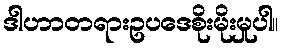
ဒါဟာတရားဥပဒေစိုးမိုးမှုပါ။